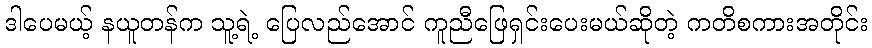
ဒါပေမယ့် နယူတန်က သူ့ရဲ့ ပြေလည်အောင် ကူညီဖြေရှင်းပေးမယ်ဆိုတဲ့ ကတိစကားအတိုင်း